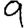
Digit: 9